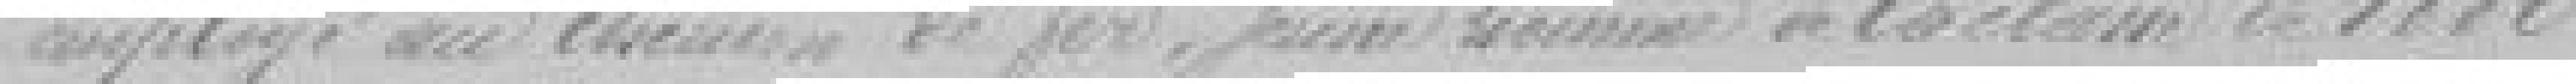
employé au chemin de fer, jeune homme de la classe de 1880,